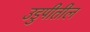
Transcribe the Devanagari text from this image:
उडुपीतील